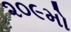
૨૦૯મો